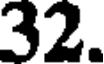
32.